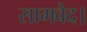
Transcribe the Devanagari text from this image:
सामवेद।